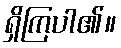
ရှိကြပါ၏။